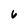
Character: 6